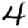
Digit: 4